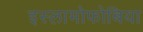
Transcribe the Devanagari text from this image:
इस्लामोफोबिया